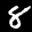
Label: 8